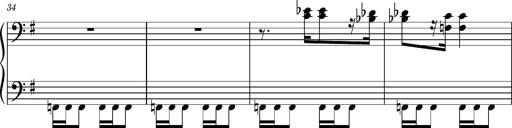
Title: Ungarischer Romanzero
Composer: Franz Liszt